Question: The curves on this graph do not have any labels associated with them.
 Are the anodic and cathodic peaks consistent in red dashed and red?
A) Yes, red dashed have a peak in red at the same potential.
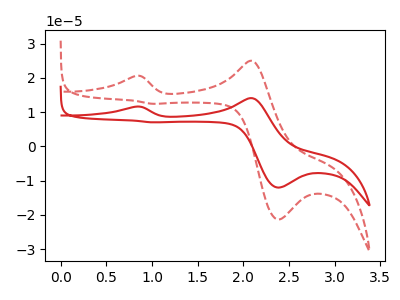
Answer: <think>The red curve "red" has anodic peaks at (0.80V, 11.60uA) (2.10V, 14.10uA) and cathodic peaks at (2.40V, -12.05uA) (1.00V, 7.00uA). The red dashed curve "red dashed" has anodic peaks at (0.80V, 20.55uA) (2.10V, 25.00uA) and cathodic peaks at (2.40V, -21.35uA) (1.00V, 12.45uA).</think>
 <answer>A) Yes, "red dashed" have a peak in "red" at the same potential.</answer>
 <eval>A</eval>